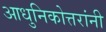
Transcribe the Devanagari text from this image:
आधुनिकोत्तरांनी